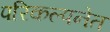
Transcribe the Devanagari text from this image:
परिकल्पनेत